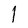
Character: I